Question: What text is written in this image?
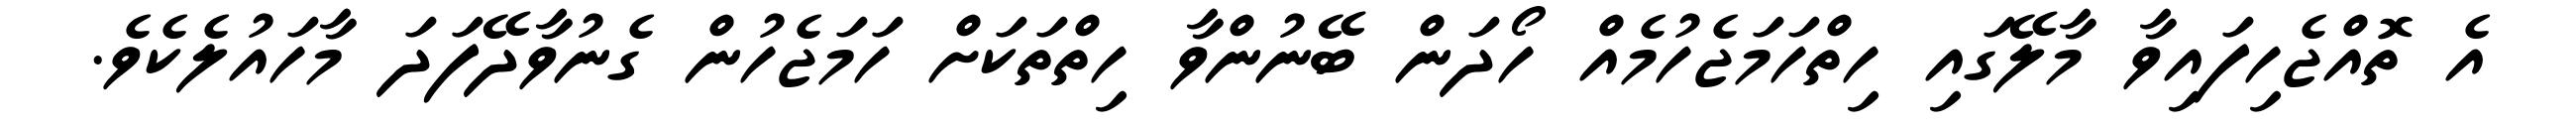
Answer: އެ ތޮއްޖެހިފައިވާ މާލޭގައި ހިތްހަމަޖެހުމެއް ހޯދަން ބޭނުންވާ ހިތްތަކަށް ހަމަޖެހުން ގެނުވާދޭފަދަ މާހައުލެކެވެ.